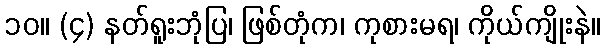
၁၀။ (၄) နတ်ရူးဘုံပြ၊ ဖြစ်တုံက၊ ကုစားမရ၊ ကိုယ်ကျိုးနဲ။